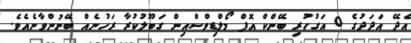
އެދޭ އަދަދުގެ 0 އަގުހުރި ބޭންކް އޮފް މޯލްޑިވްސްއިން ގަބޫލުކުރާ ރަހުނެއް ބޭނުންވާނެއެވެ.